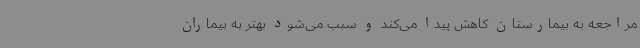
مراجعه به بیمارستان کاهش پیدا می‌کند و سبب می‌شود بهتر به بیماران